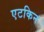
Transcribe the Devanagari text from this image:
एटकिन